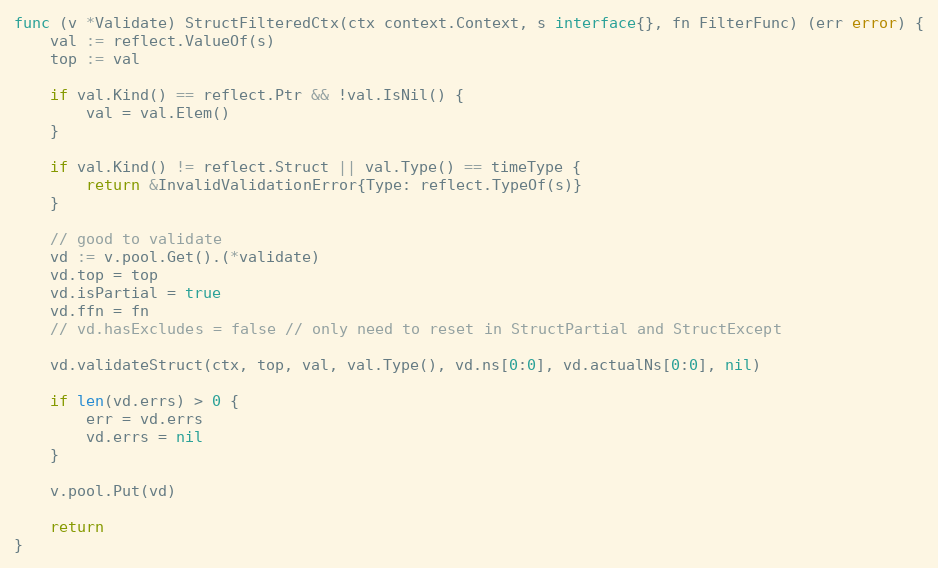
Language: Go
func (v *Validate) StructFilteredCtx(ctx context.Context, s interface{}, fn FilterFunc) (err error) {
	val := reflect.ValueOf(s)
	top := val

	if val.Kind() == reflect.Ptr && !val.IsNil() {
		val = val.Elem()
	}

	if val.Kind() != reflect.Struct || val.Type() == timeType {
		return &InvalidValidationError{Type: reflect.TypeOf(s)}
	}

	// good to validate
	vd := v.pool.Get().(*validate)
	vd.top = top
	vd.isPartial = true
	vd.ffn = fn
	// vd.hasExcludes = false // only need to reset in StructPartial and StructExcept

	vd.validateStruct(ctx, top, val, val.Type(), vd.ns[0:0], vd.actualNs[0:0], nil)

	if len(vd.errs) > 0 {
		err = vd.errs
		vd.errs = nil
	}

	v.pool.Put(vd)

	return
}